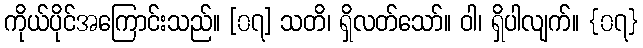
ကိုယ်ပိုင်အကြောင်းသည်။ [၀၇] သတိ၊ ရှိလတ်သော်။ ဝါ၊ ရှိပါလျက်။ {၀၇}